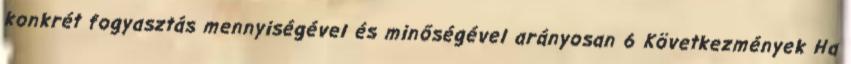
konkrét fogyasztás mennyiségével és minőségével arányosan 6 Következmények Ha